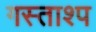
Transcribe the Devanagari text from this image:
गस्ताश्प